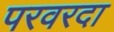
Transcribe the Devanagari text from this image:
परवरदा